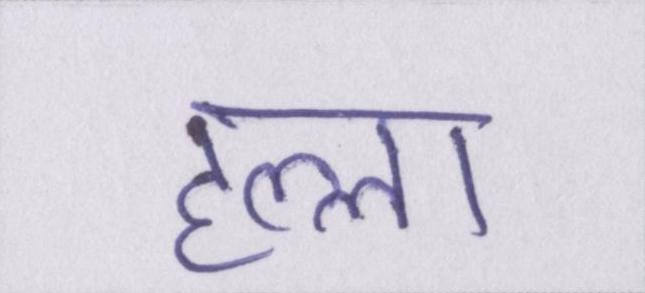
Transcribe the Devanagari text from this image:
हल्ला